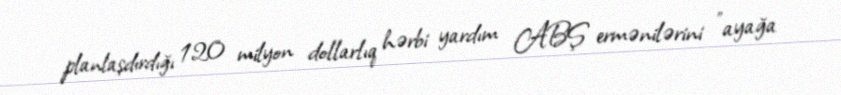
planlaşdırdığı 120 milyon dollarlıq hərbi yardım ABŞ ermənilərini "ayağa